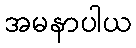
အမနာပါယ